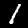
Label: 1